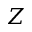
Z